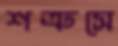
শত্রুসে